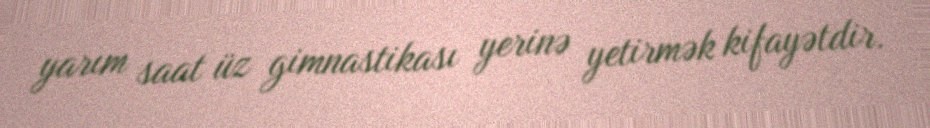
yarım saat üz gimnastikası yerinə yetirmək kifayətdir.